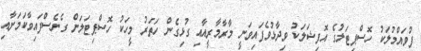
ފުވައްމުލަކު ހޮސްޕިޓަލުގެ އޮފިޝަލަކު ވިދާޅުވެފައިވަނީ މާރާމާރީއާއި ގުޅިގެން ހަތަރު މީހަކު ހޮސްޕިޓަލަށް ގެނެސްފައިވާކަމަށާއި